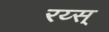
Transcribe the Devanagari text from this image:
रय्स्